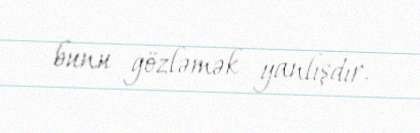
bunu gözləmək yanlışdır.